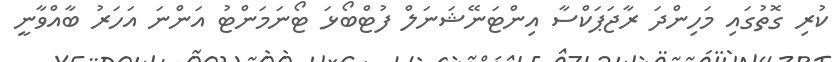
ކުރި ގޮތުގައި މަހިންދަ ރާޖަޕަކްސާ އިންޓަނޭޝަނަލް ފުޓްބޯޅަ ޓޯނަމަންޓު އަންނަ އަހަރު ބާއްވާނީ